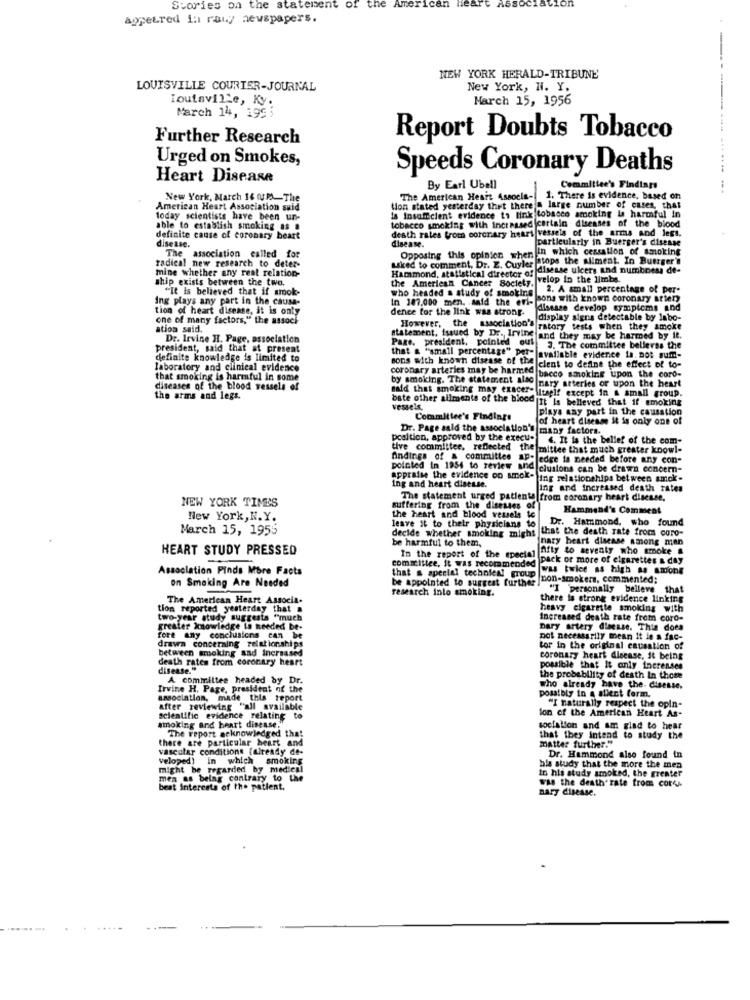
Stories on the statement of
the American
appet.red in rany newspapers.
---
NEW YORK HERALD-TRIBUNE'
LOUISVILLE COURIER-JOURNAL
New York, N. Y.
Ioutaville, Ky.
March 15, 1956
March 14, 199;
Further Research
Report Doubts Tobacco
Urged on Smokes,
Speeds Coronary Deaths
...
Heart Disease
By Earl Ubell
Committee's Findings
New York, March 16 (UP)-The
The American Heart Associa-
There is evidence, based on
American Heart Association said
tion stated yesterday thet there'A large number of cases, that
today scientists have been un-
is insufficient evidence to link tobasco smoking is harmful in
tobacco smoking with increased certain diseases of the blood
able to establish smoking as a
death rates from coronary heart vessels of the arms and legs.
definite cause of coronary heart
disease.
disease.
particularly in Buerger's disease
The association called for
in which cessation of smoking
radical new research to deter-
Opposing this opinion when
Fatops the allment. In Buerger's
Liked to comment, Dr. Z. Cuyler
didisesse ulcers and numbness de-
mine whether any reat relation-
ship exists between the two.
Hammond, statistical director of
velop In the limbs.
"It Is believed that if amok-
the American Cancer Society.
2. A small percentage of per-
ing plays any part in the causa-
who headed a study of smoking
In 187.000 men. said the evi-
sons with known coronary artery
tion of heart disease, it is only
dence for the link was strong.
disssse develop symptoms and
one of many factors," the assock
display signs detectable by labo-
ation said.
However, the association's ratory tests when they smoke
Dr. Irvine H. Page, association
statement, issued by Dr. Irvine and they may be harmed by il.
Page, president, pointed out
president, said that at present
3. The committee bellevss the
definite knowledge is limited to
that & "small percentage" Pet" |available evidence ia. not sumn-
laboratory and clinical evidence
We clent to define the effect of to-
that smoking is harmful in some
coronary arteries may be harmee bacco smoking upon the coro-
by smoking. The statement also
mary arteries or upon the heart
said that smoking may exacer-li
the arms and legs.
bate other allments of the blood |It is believed that if smoking
vessels,
plays any part in the causation
Committee's Findings
of heart disease it is only one of
Dr. Page sald the association's many factors.
position, approved by the execu-
&. It la the belief of the com-
tive committee, reflected the
CImittee that much greater know !-
findings of a committee ap-ledge is needed before any con-
pointed In 1954 to review and
clusions can be drawn concern-
ing and heart disease.
appraise the evidence oo sok-
Ting relationships between amok-
ling and increased death rates
NEW YORK TIMES
The statement urged patiente from coronary heart disease.
suffering from the diseases of
Hammond's Comment
New York, N.Y.
lesve st to their physicians to
the heart and blood vessels te
Dr. Hammond, who found
March 15, 1955
that the death rate from coro-
decide whether smoking might
be harmful to them,
nary heart disease among men
HEART STUDY PRESSED
Afty to seventy who smoke #
committee, it was recommended
In the report of the special
pack or more of cigarettes & day
Association Pinds Mbre Facts
that & special techoles! group
was twice as high as amont
be appointed to suggest further I
non-smokers, commented;
on Smoking Are Needed
research into smoking.
I 'personally belleve
The American Heart Associa.
there la strong evidence linking
tion reported yesterday that a
heavy cigarette smoking with
two-year study suggests "much
Increased death rate from cord-
greater knowledge ta needed be-
Dary artery disease. This does
fore any conclusions can be
draven concerning relationships
not necessarily mean it in a fac-
between smoking and increased
tor in the original causation of
death rates from coronary heart
coronary heart disease, it being
disease."
possible that It only inerenses
A committee headed by Dr.
the probability of death In those
Irvine H. Page, president of the
possibly in a allent ferm.
who already have the. disesse.
association, made this report
after reviewing "all available
"I naturally respect the opin-
scientific evidence rel
erelating
to
lon of the American Heart As-
smoking and heart disease.
The report acknowledged that
socialion and am glad to hear
there are particular heart and
that they intend to study the
matter further."
vascular conditions faiready de-
veloped)
in which
smoking
Dr. Hammond also found in
might be regarded by medical
hle study that the more the men
In his study amoled, the greater
men as belag contrary to the
was the death rate from cords
best interests of the patient.
nary disease.
. ..